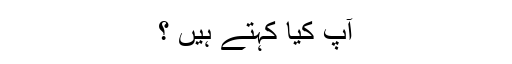
آپ کیا کہتے ہیں ؟